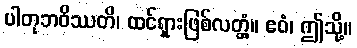
ပါတုဘဝိဿတိ၊ ထင်ရှားဖြစ်လတ္တံ့။ ဧဝံ၊ ဤသို့။